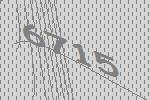
6715